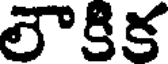
లౌకిక